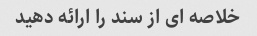
خلاصه ای از سند را ارائه دهید